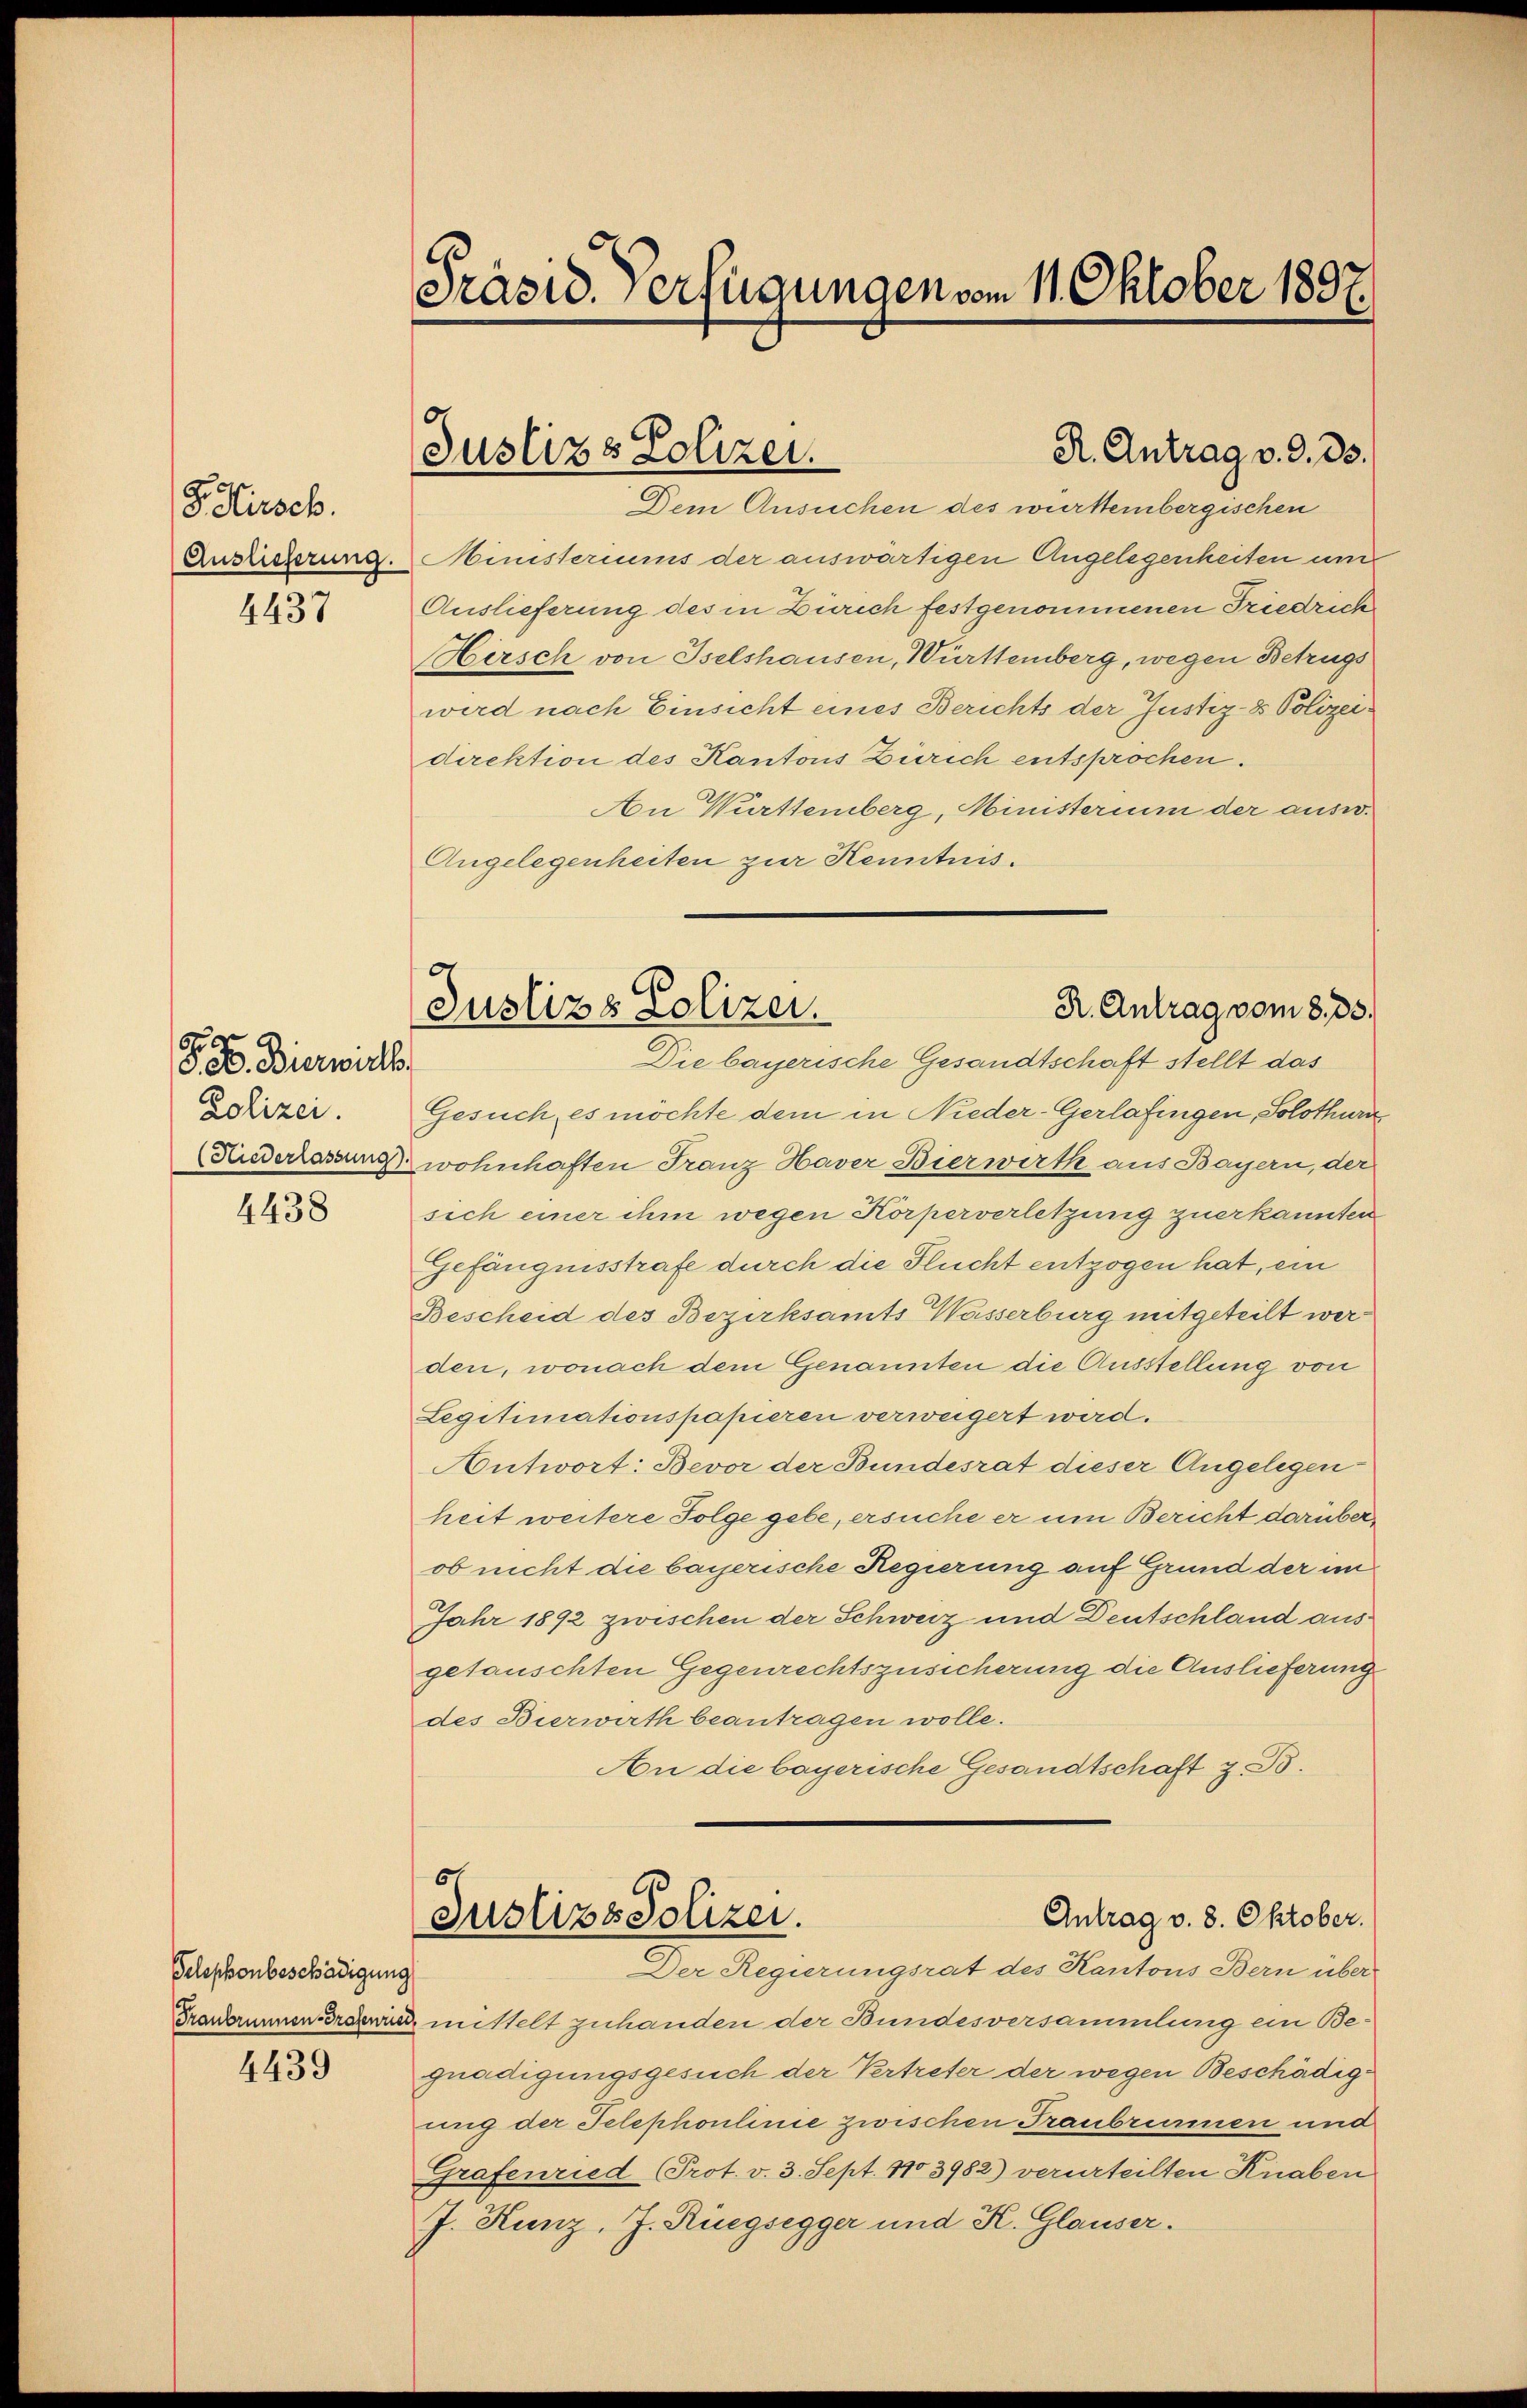
F. Hirsch.
Auslieferung.
4437

F. Bierwalt
Polizei.
(Niederlassung
4438

Telephonbeschädigung
Franbrunnen Grafenrie

4439

Präsid. Verfügungen vom 11. Oktober 1897.

Justizs Polizei.

Dem Ansuchen des württembergischen
Ministeriums der auswärtigen Angelegenheiten und
Auslieferung des in Zürich festgenommenen Friedrich
Hirsch von Iselshausen, Württemberg, wegen Betrugs
wird nach Einsicht eines Berichts der Justiz- & Polizeidirektion des Kantons Zürich entsprochen.
An Württemberg, Ministerium der ausw.
Angelegenheiten zur Kenntnis.
Gesuch, es möchte dem in Nieder-Gerlafingen, Solothurn
wohnhaften Franz Haver Bierwirth aus Bayern, der
sich einer ihm wegen Körperverletzung zuerkannten
Gefängnisstrafe durch die Flucht entzogen hat, ein
Bescheid des Bezirksamts Wasserburg mitgeteilt werden, wonach dem Genannten die Ausstellung von
Legitimationspapieren verweigert wird.
Antwort: Bevor der Bundesrat dieser Angelegen-
heit weitere Folge gebe, ersuche er um Bericht darüber
ob nicht die bayerische Regierung auf Grund der im
Jahr 1892 zwischen der Schweiz und Deutschland ausgetäuschten Gegenrechtszusicherung die Auslieferung
des Bierwirth beantragen wolle.
An die bayerische Gesandtschaft z. B.
6
Antrag v. 8. Oktober.
Justizs Polizei.
Der Regierungsrat des Kantons Bern über
mittelt zuhanden der Bundesversammlung ein Begnadigungsgesuch der Vertreter der wegen Beschädigung der Telephoulinie zwischen Traubrunnen und
Grafenried (Prot. v. 3. Sept. 103982) verurteilten Knaben
J. Kunz, J. Rüegsegger und K. Glauser.

R. Antrag v. d. ds.

d
Justizs Polizei.
R. Antrag vom 8. 33.
Die bayerische Gesandtschaft stellt das
.